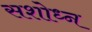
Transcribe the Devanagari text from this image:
सशोध्न